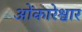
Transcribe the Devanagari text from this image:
ओंकारेश्वार